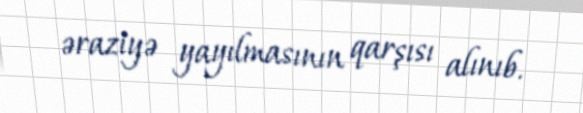
əraziyə yayılmasının qarşısı alınıb.